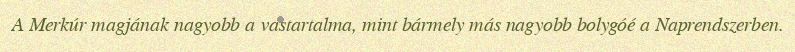
A Merkúr magjának nagyobb a vastartalma, mint bármely más nagyobb bolygóé a Naprendszerben.